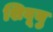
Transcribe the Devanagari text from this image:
शिबूयु